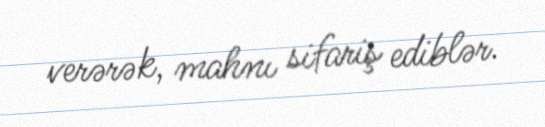
verərək, mahnı sifariş ediblər.